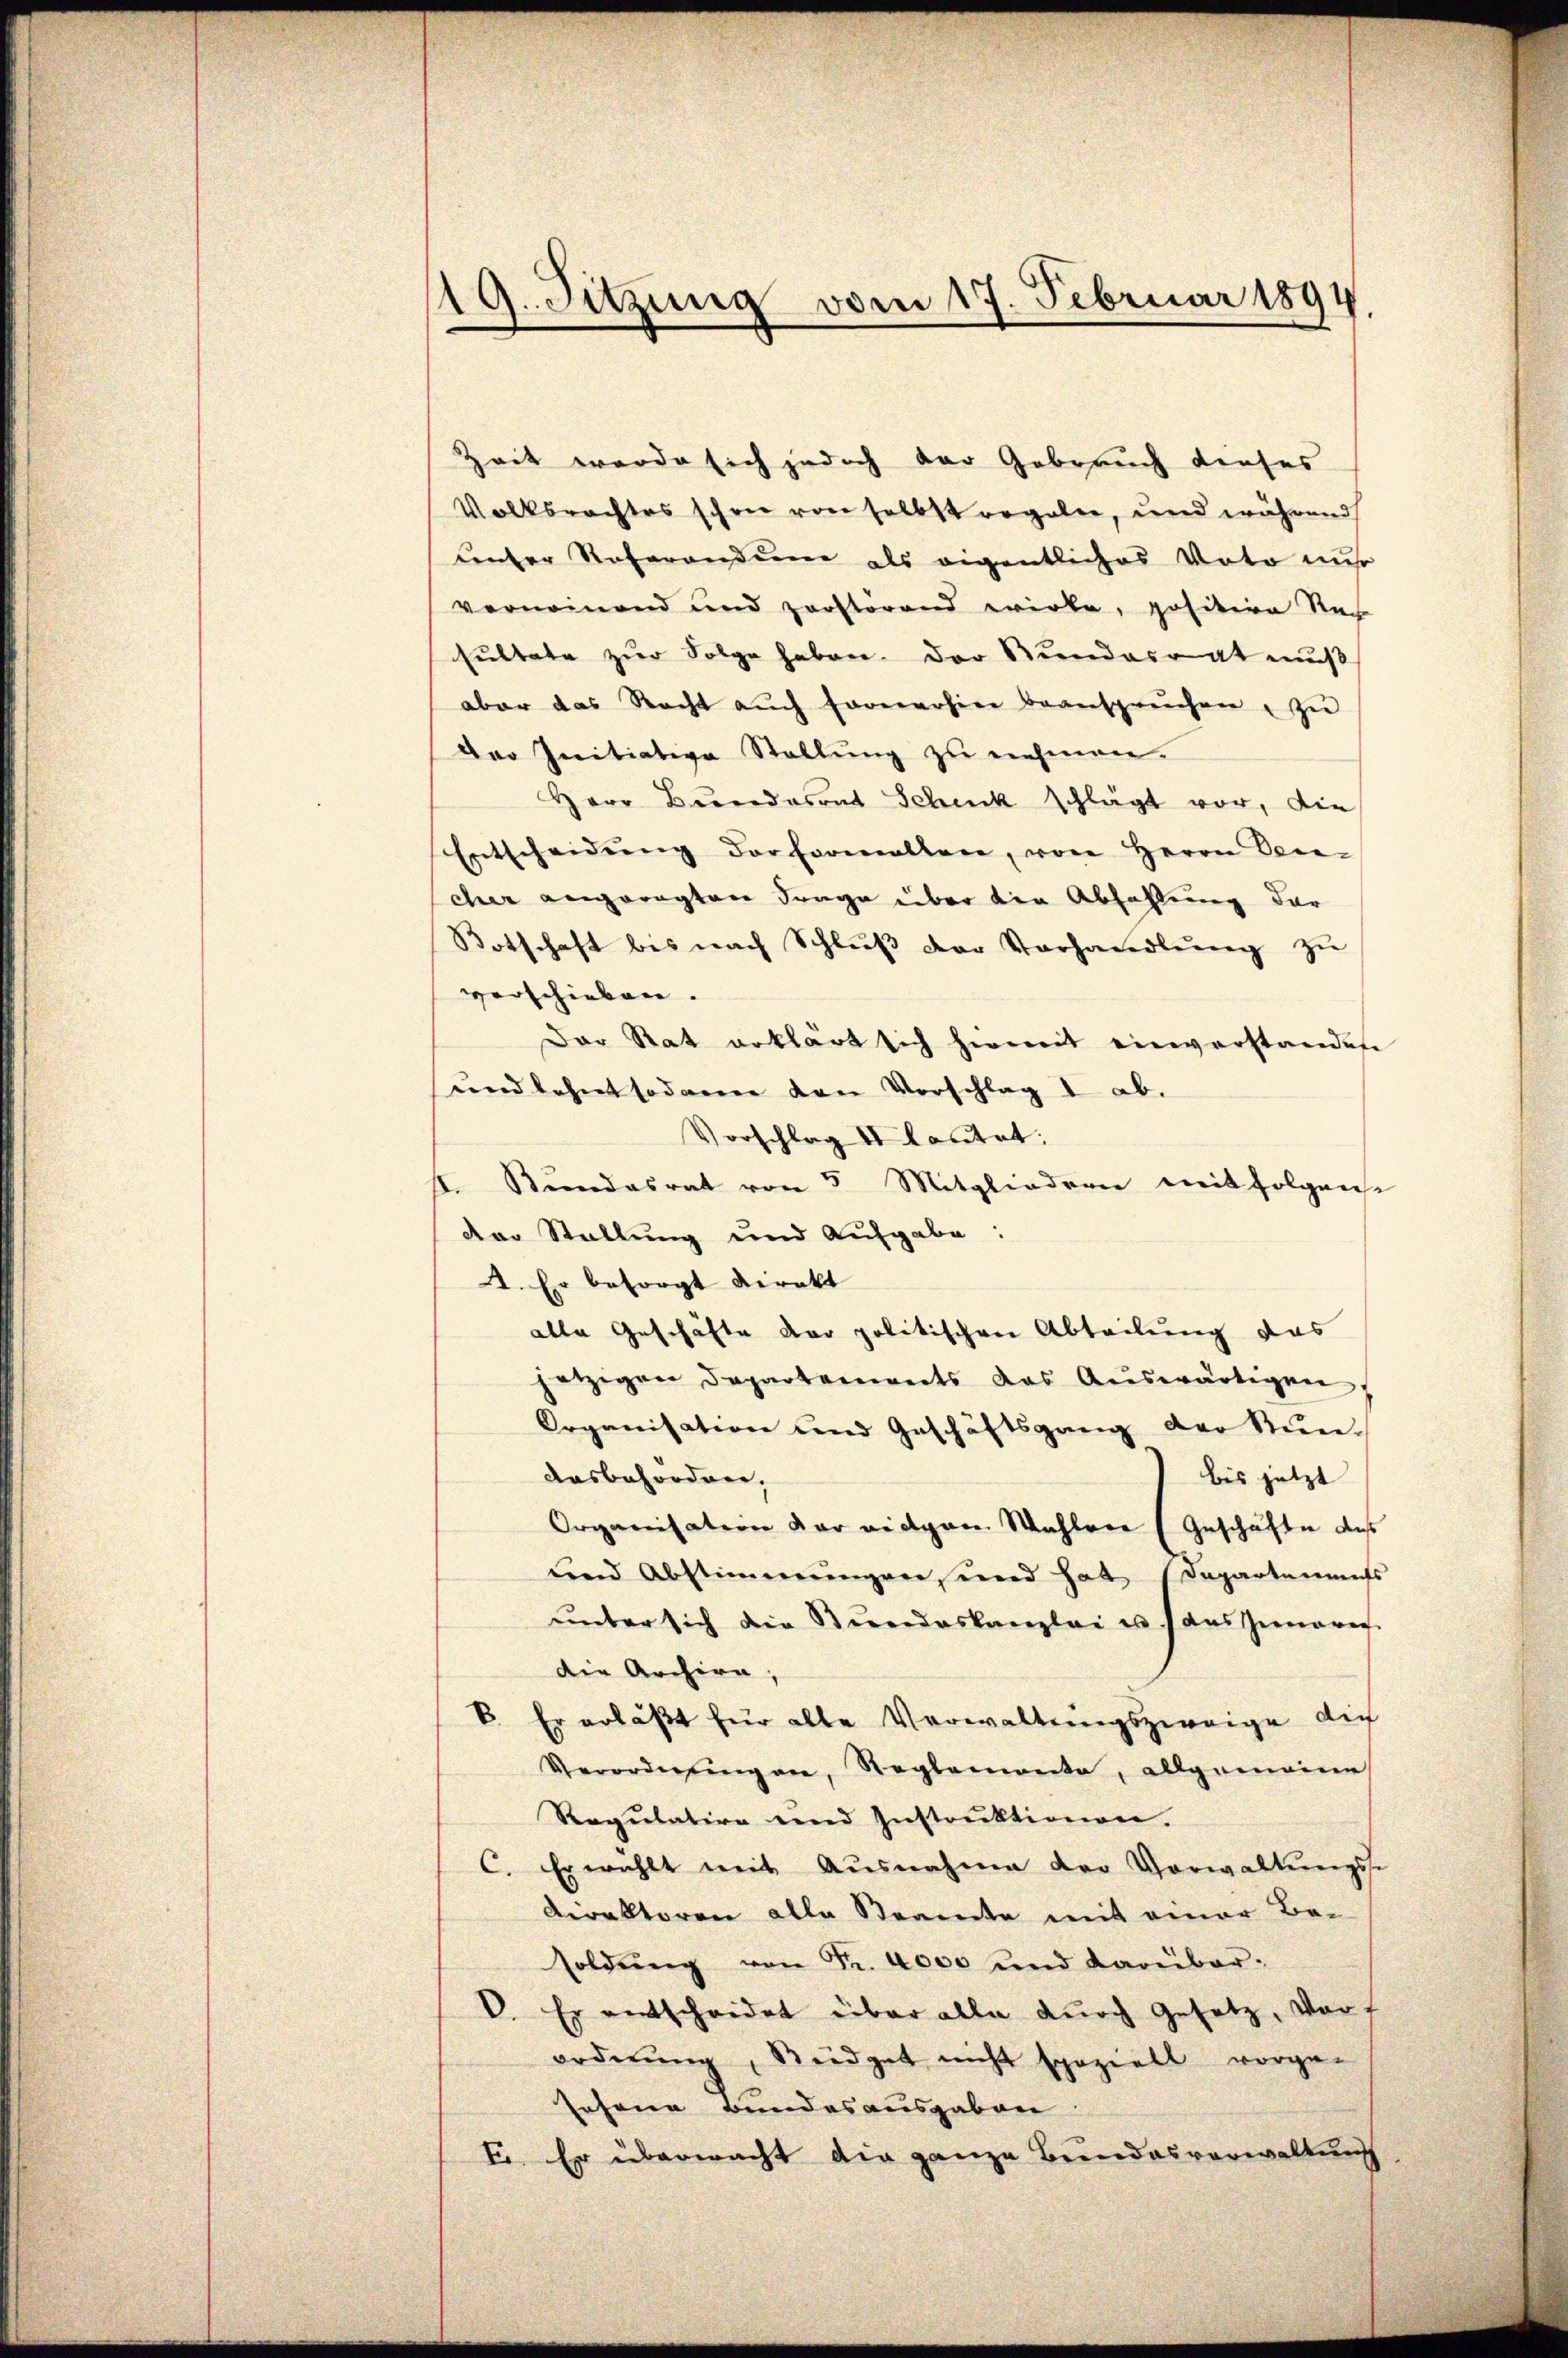
19. Sitzung vom 17. Februar 1894

Zeit werde sich jedoch der Gebrauch dieses
Volksrechtes schon von selbst regeler, und während
unter Referandum als eigentliches Voto nur
vernommend und zersterend wirke, positive Nach
sultate zur Folge haben. Der Rundesrat muß
aber das Recht auch formerhier beansprüchen, zu
Der Initiative Stellung zu nehmen.
Herr Beredasont Schenk schlägt vor, die
Entscheidŭng der Formallen, von Herrn Ver-
scher angeregten Frage über die Abzahlung der
Botschaft bis nach Schlŭβ der Vorhandlŭng zŭ
verschieben.
Der Rat erklärt sich hiemit einverstandene
und lehnt sodann den Vorschlag 1 ab.
Vorschlag II lautet:
h. Bŭndesrat von 5 Mitgliederen mit folgense
der Stellung und Aufgabe:
4. Er besorgt direkt
alle Geschäfte der politischen Abteilung das
jetzigen Departenwerts das Aŭswärtigen,
Organisation und Geschäftsgang der Stun-
dasbesordner,
bis jetzt
Organisation der eidgan Wahlver (Geschäfte des
und Abstimmungen, und hat Departenaufs
ŭnter sich die Stŭndeskanzlei u. s. das Innere
die Archiva,
b. Er erläßt für alle Verwaltungszweige die
Verordneringen, Reglemente, allgemeine
Regŭlative und Instruktionen.
C. Er wählt mit Ausnahme der Vorwaltungs-
Direktoren alle Steamte mit einer Be-
soldŭng von Fr. 4000 und darüber-
V. Er entscheidet über alle durch Gesetz, vorf
ordnŭng, Steidget nicht speziell vorge-
sehene Bundesausgaben
E. Er übermacht die ganze Bundesverwaltung